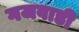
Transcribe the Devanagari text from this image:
गजवाडी